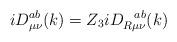
LaTeX: \begin{align*}iD_{\mu \nu }^{ab}(k)=Z_3iD_{R\mu \nu }^{~~ab}(k)\end{align*}